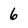
Character: 6